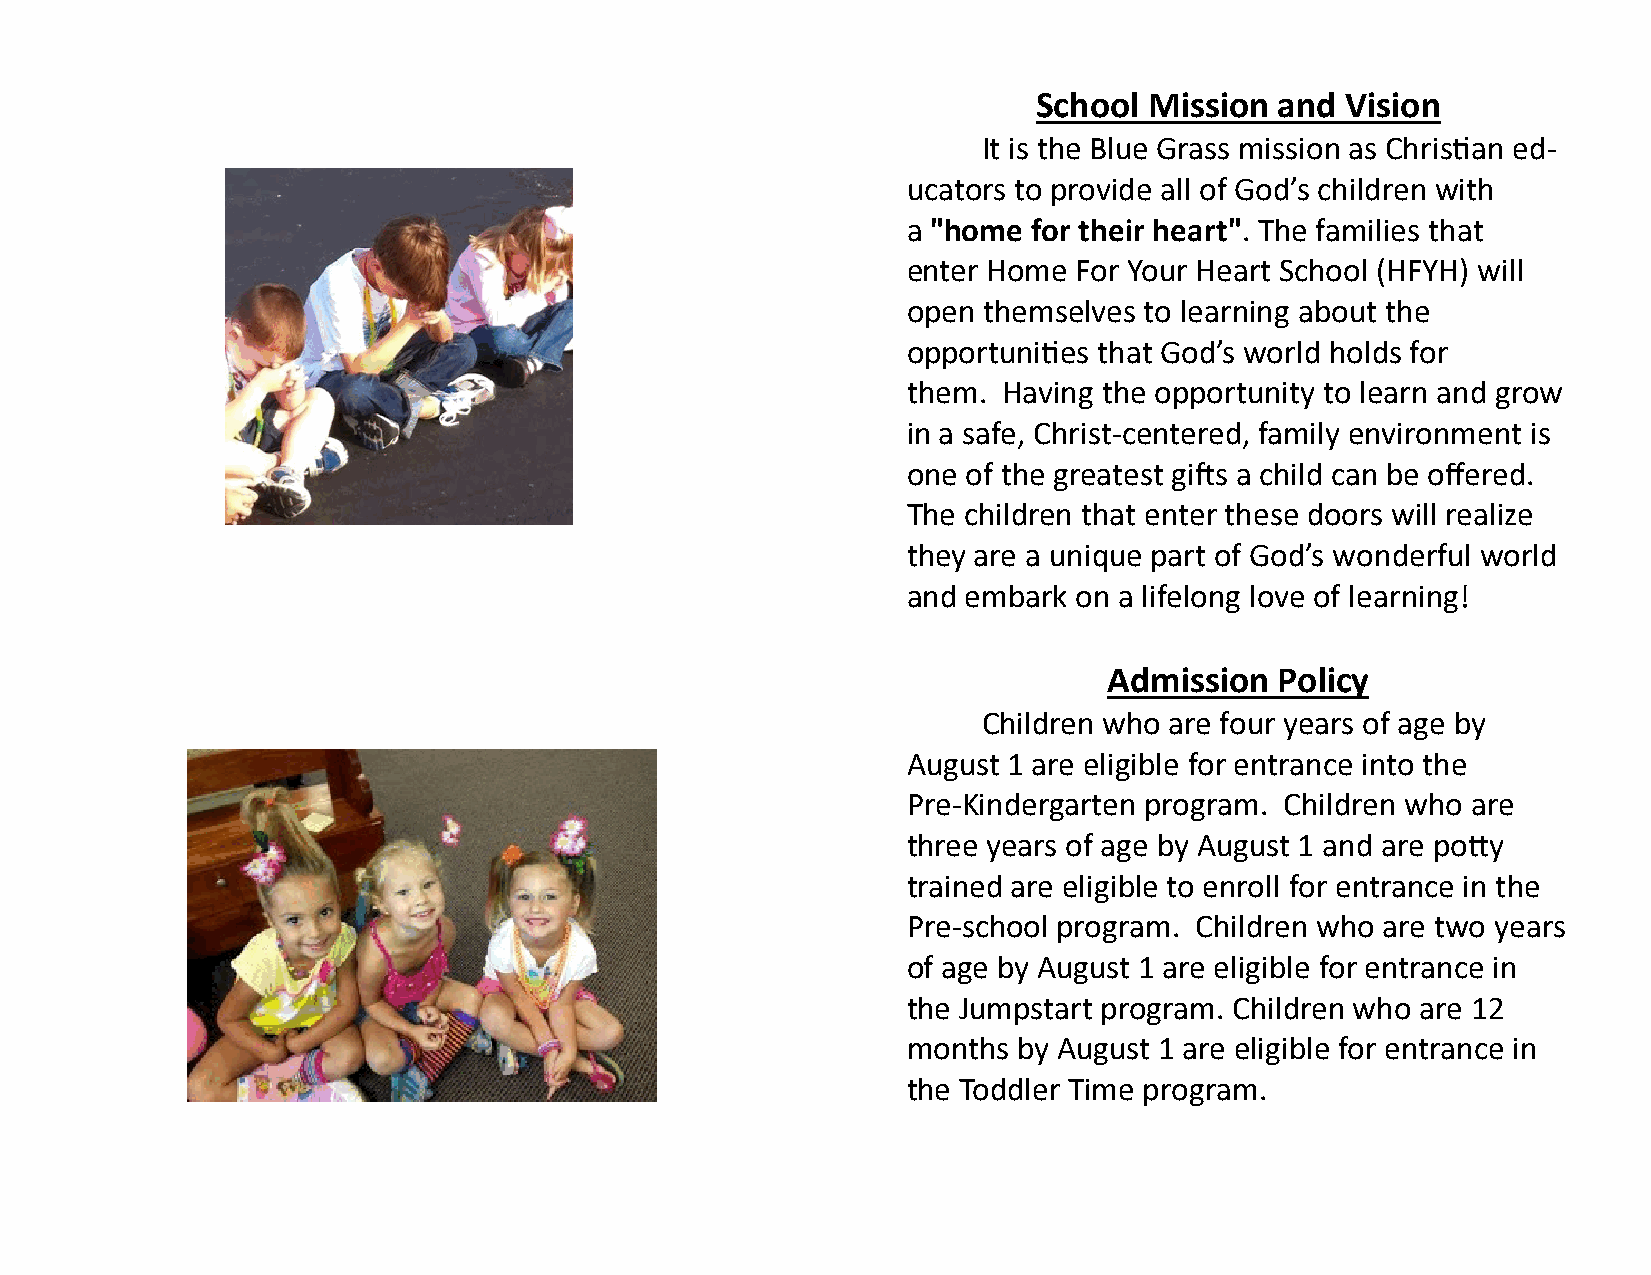
School Mission  and Vision
 It is the Blue Grass mission as Christian ed-
 ucators to provide all of God’s children with
 a "home for their heart". The families that
 enter Home For Your Heart School (HFYH) will
 open themselves to learning about the
 opportunities that God’s world holds for
 them. Having the opportunity to learn and grow
 in a safe, Christ-centered, family environment is
 one of the greatest gifts a child can be offered.
 The children that enter these doors will realize
 they are a unique part of God’s wonderful world
 and embark on a lifelong love of learning!
 Admission   Policy
 Children who are four years of age by
 August 1 are eligible for entrance into the
 Pre-Kindergarten program. Children who are
 three years of age by August 1 and are potty
 trained are eligible to enroll for entrance in the
 Pre-school program. Children who are two years
 of age by August 1 are eligible for entrance in
 the Jumpstart program. Children who are 12
 months by August 1 are eligible for entrance in
 the Toddler Time program.